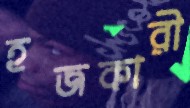
হজকারী